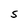
Character: S